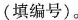
(填编号)。